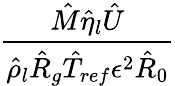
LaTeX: \frac{\hat{M}\hat{\eta}_{l}\hat{U}}{\hat{\rho}_{l}\hat{R}_{g}\hat{T}_{ref}\epsilon^{2}\hat{R}_{0}}